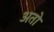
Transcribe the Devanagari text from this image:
अतो